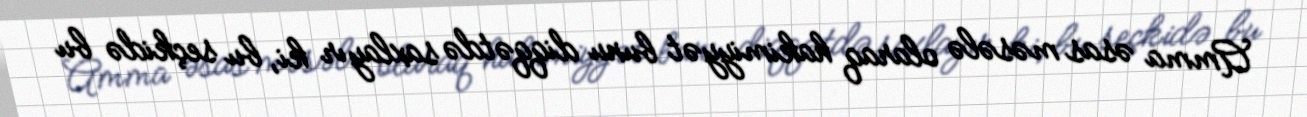
Amma əsas məsələ olaraq hakimiyyət bunu diqqətdə saxlayır ki, bu seçkidə bu